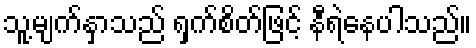
သူ့မျက်နှာသည် ရှက်စိတ်ဖြင့် နီရဲနေပါသည်။